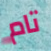
تام